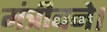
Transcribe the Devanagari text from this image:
मंत्रीबने।